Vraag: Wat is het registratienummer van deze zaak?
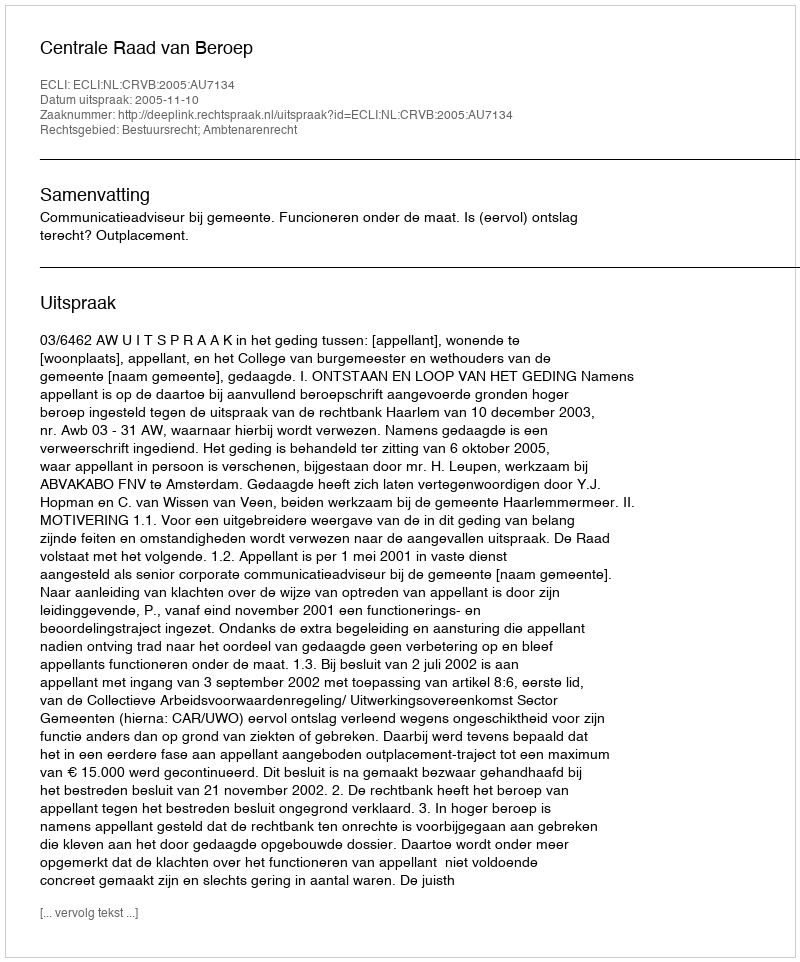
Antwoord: http://deeplink.rechtspraak.nl/uitspraak?id=ECLI:NL:CRVB:2005:AU7134